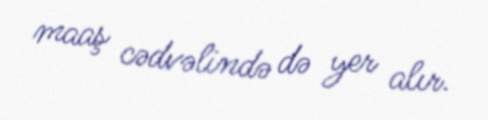
maaş cədvəlində də yer alır.